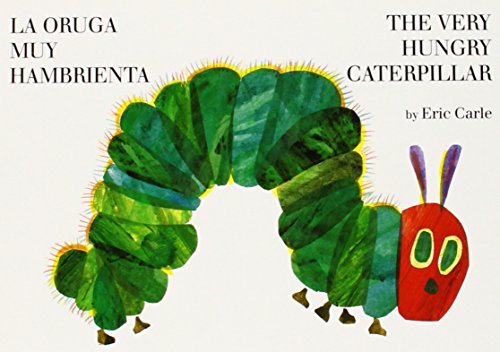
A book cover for La oruga muy hambrienta/The Very Hungry Caterpillar: bilingual board book (Spanish Edition); Eric Carle; Children's Books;